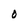
Character: O